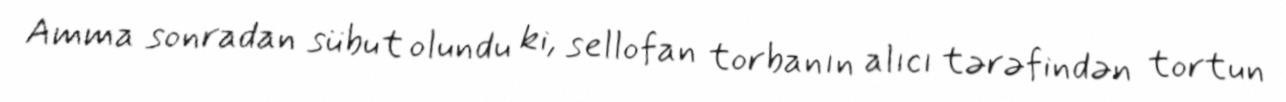
Amma sonradan sübut olundu ki, sellofan torbanın alıcı tərəfindən tortun